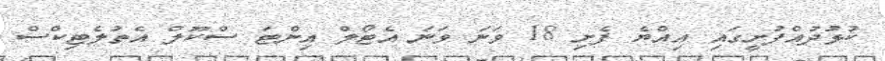
ކުޅުދުއްފުށީގައި އިއްޔެ ފެށި 18 ވަނަ ވަނަ އެޓޯލް އިންޓަ ސްކޫލް އެތުލެޓިކްސް